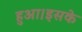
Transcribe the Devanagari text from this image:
हुआ।इसके